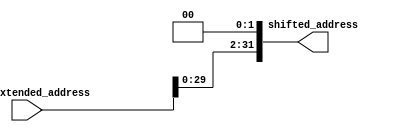

module shift_left2(shifted_address, sign_extended_address);

output [31:0] shifted_address;
input [31:0] sign_extended_address;

assign shifted_address = sign_extended_address << 2;

endmodule